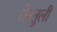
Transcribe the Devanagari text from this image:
तेन्तुली